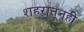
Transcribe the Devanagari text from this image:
शहरातूनही